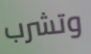
وتشرب